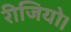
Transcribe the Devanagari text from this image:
रीजियो।